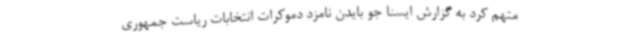
متهم کرد به گزارش ایسنا جو بایدن نامزد دموکرات انتخابات ریاست جمهوری